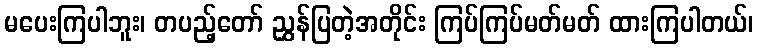
မပေးကြပါဘူး၊ တပည့်တော် ညွှန်ပြတဲ့အတိုင်း ကြပ်ကြပ်မတ်မတ် ထားကြပါတယ်၊